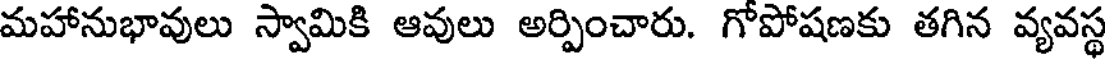
మహానుభావులు స్వామికి ఆవులు అర్పించారు. గోపోషణకు తగిన వ్యవస్థ